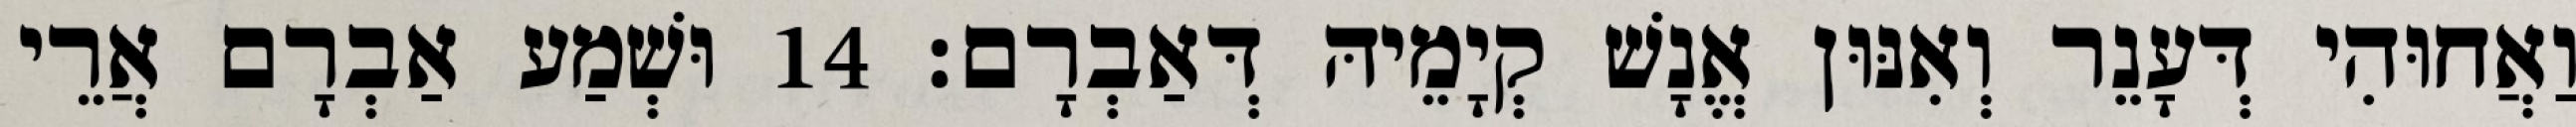
וַאֲחוּהִי דְּעָנֵר וְאִנּוּן אֱנָשׁ קְיָמֵיהּ דְּאַבְרָם׃ 14 וּשְׁמַע אַבְרָם אֲרֵי